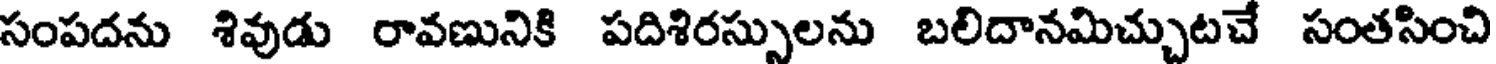
సంపదను శివుడు రావణునికి పదిశిరస్పులను బలిదానమిచ్చుటచే సంతసించి